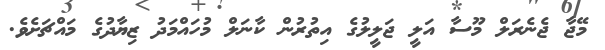
މޭޖާ ޖެނެރަލް މޫސާ އަލީ ޖަލީލުގެ އިތުރުން ކާނަލް މުހައްމަދު ޒިޔާދުގެ މައްޗަށެވެ.